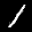
Label: 1